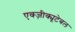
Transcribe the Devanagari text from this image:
एक्ज़ीक्यूटेबल